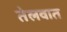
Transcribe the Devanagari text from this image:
तेलवात